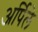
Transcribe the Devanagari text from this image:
अर्पिले